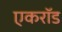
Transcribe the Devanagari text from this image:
एकरॉड